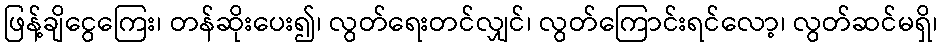
ဖြန့်ချိငွေကြေး၊ တန်ဆိုးပေး၍၊ လွတ်ရေးတင်လျှင်၊ လွတ်ကြောင်းရင်လော့၊ လွတ်ဆင်မရှိ၊